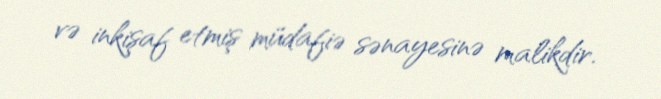
və inkişaf etmiş müdafiə sənayesinə malikdir.